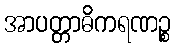
အာပတ္တာဓိကရဏဉ္စ